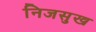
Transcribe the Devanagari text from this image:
निजसुख